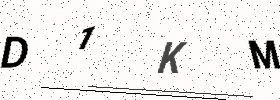
Text: D1KM